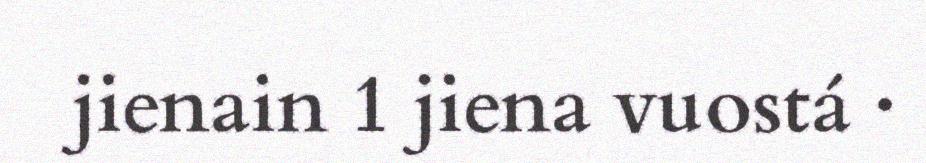
jienain 1 jiena vuostá ·